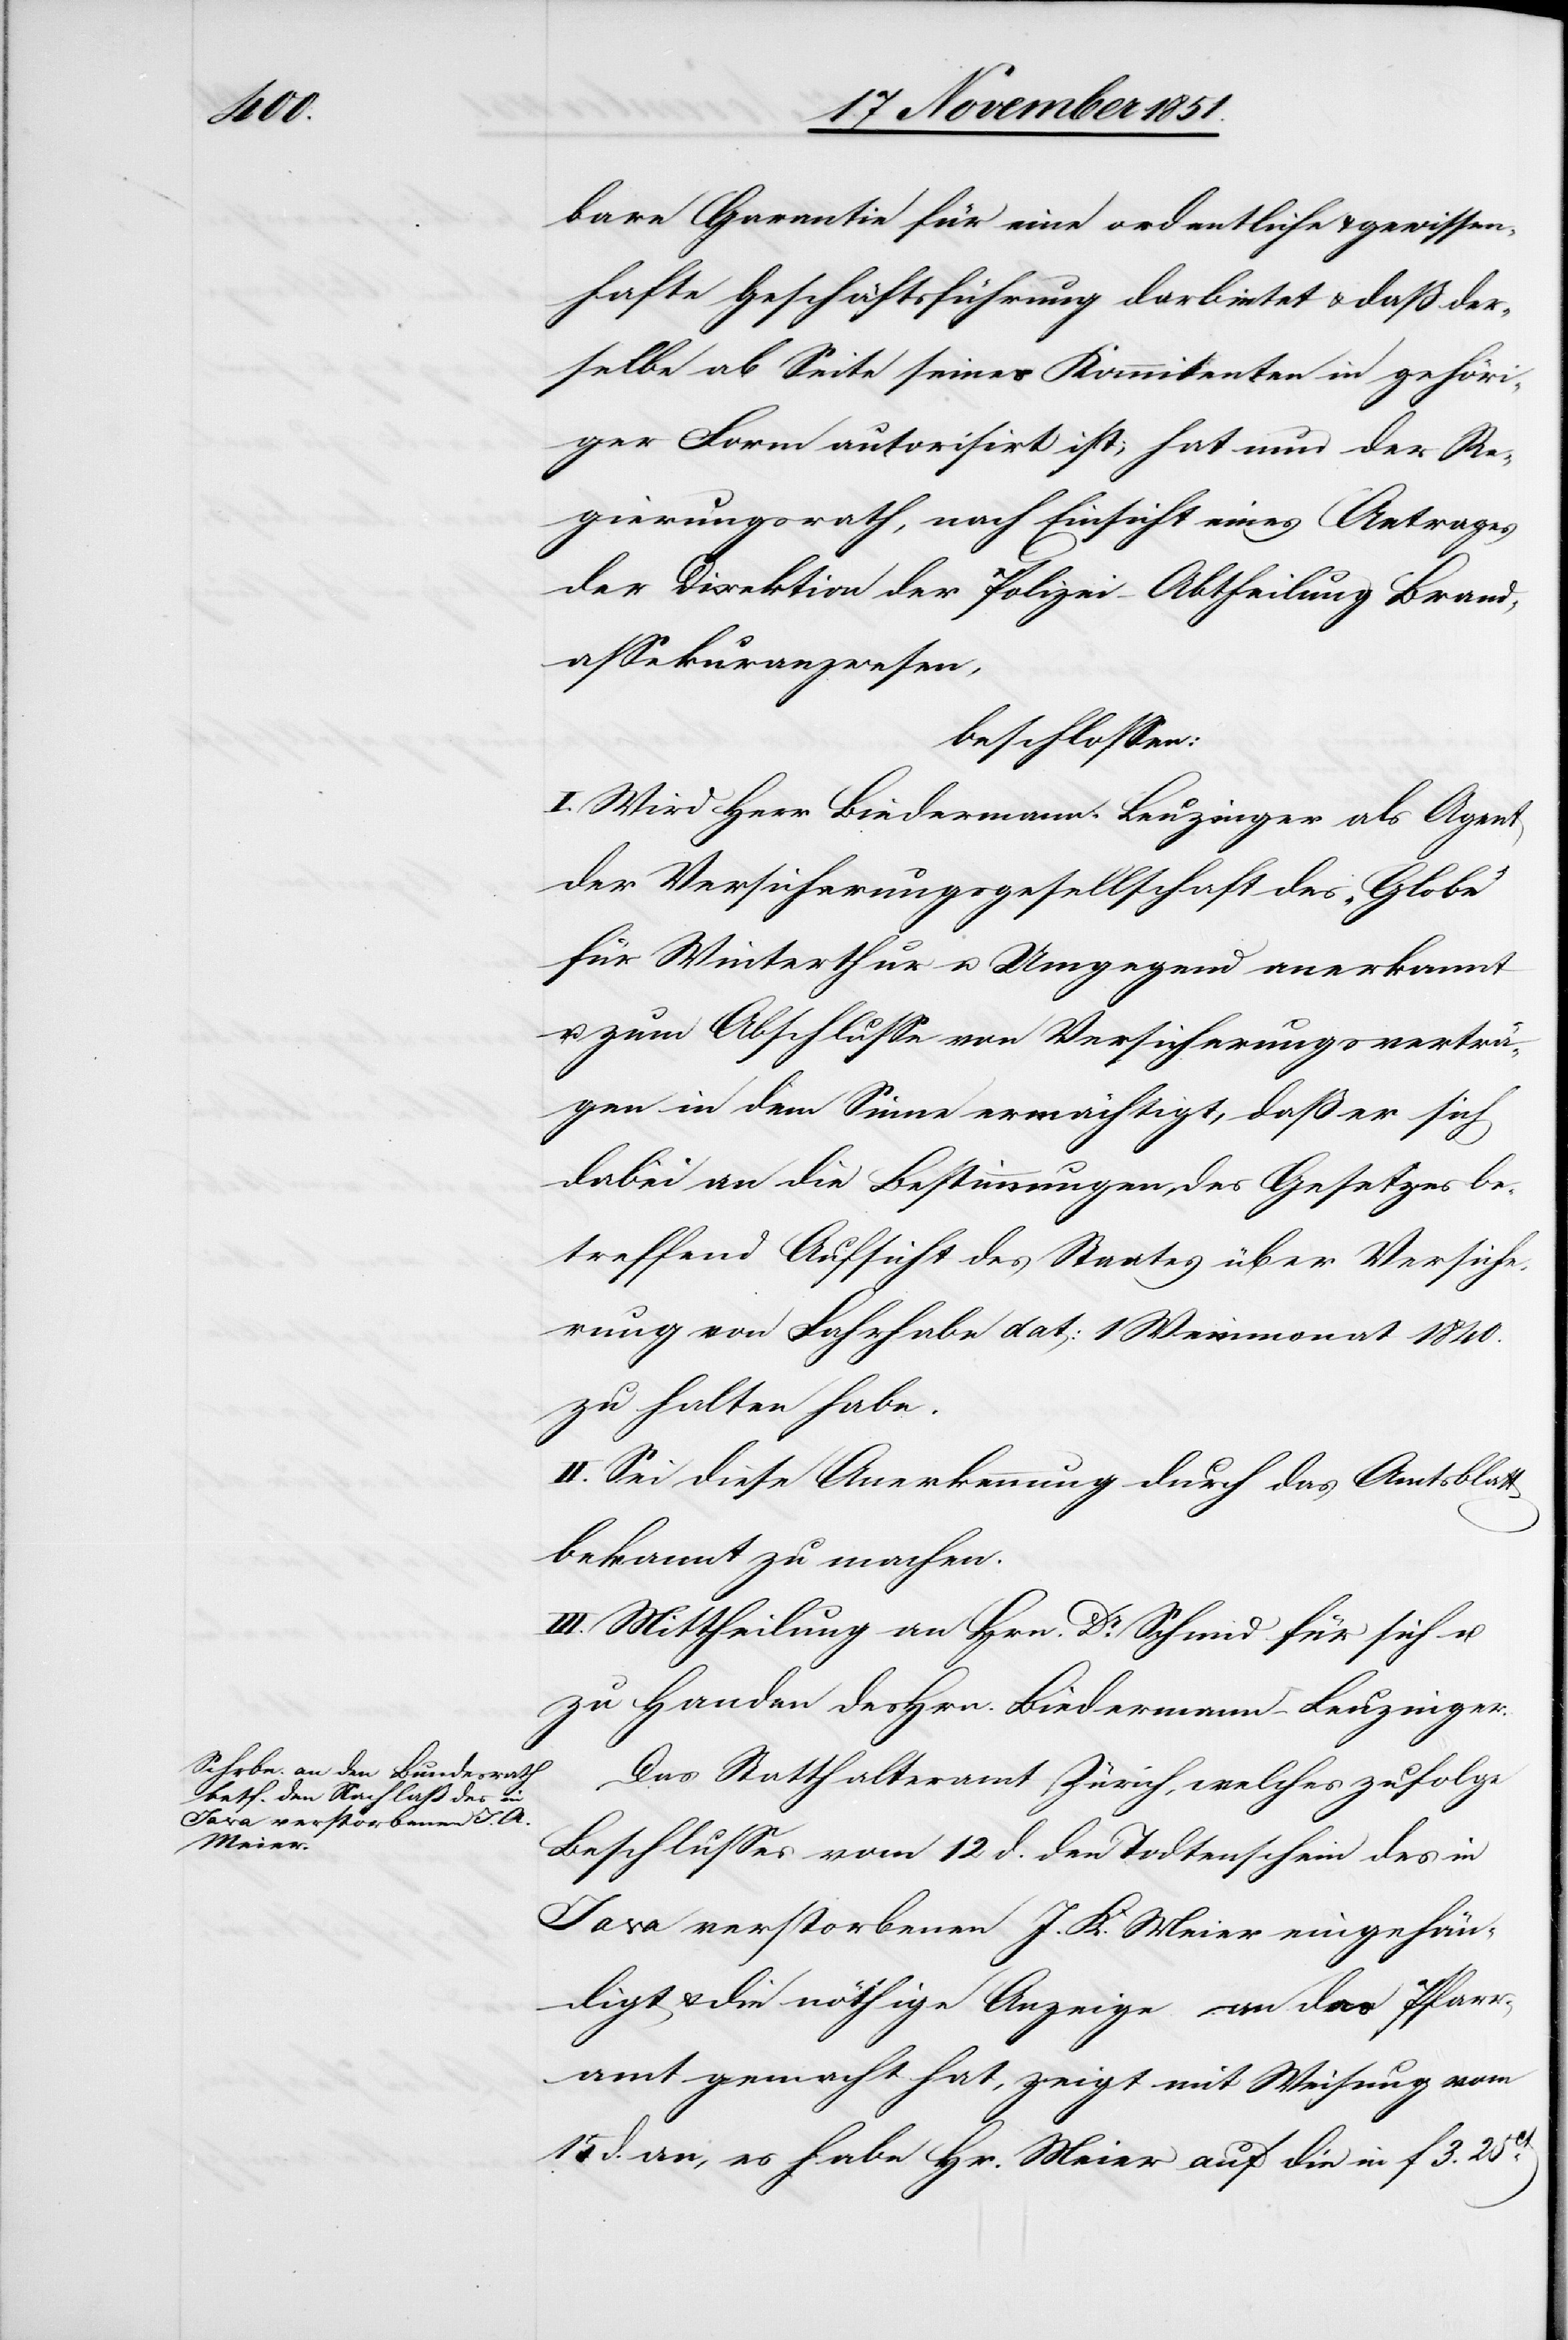
Java verstorbenen J.
Meier

eingehän¬

bare Garantie für eine ordentliche & gewissen¬
hafte Geschäftsführung darbietet & daß der¬
selbe ab Seite seines Kommitenten in gehöri¬
ger Form autorisirt ist; hat nun der Re¬
gierungsrath, nach Einsicht eines Antrages
der Direktion der Polizei – Abtheilung Brand¬
assekuranzwesen,
beschlossen:
I. Wird Herr Biedermann-Leuzinger als Agent
der Versicherungsgesellschaft des „Globe“
für Winterthur u. Umgegend anerkannt
u. zum Abschlusse von Versicherungsverträ¬
gen in dem Sinne ermächtigt, daß er sich
dabei an die Bestimmungen des Gesetzes be¬
treffend Aufsicht des Staates über Versiche¬
rung von Fahrhabe dat: 1 Weinmonat 1840.
zu halten habe.
II. Sei diese Anerkennung durch das Amtsblatt
bekannt zu machen.
III. Mittheilung an Hrn. Dr. Schmid für sich u.
zu Handen des Hrn. Biedermann-Leuzinger.
Das Statthalteramt Zürich, welches zufolge
Beschlusses vom 12 d. den Todtenschein des in
digt & die nöthige Anzeige an das Pfarr¬
amt gemacht hat, zeigt mit Weisung vom
15 d. an, es habe Hr. Meier auf die in f 3. 25ct.